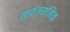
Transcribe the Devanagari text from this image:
सार्वजमनिक